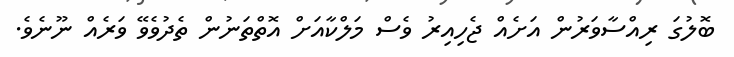
ބޮލުގަ ރިއްސާވަރުން އަށެއް ޖެހިއިރު ވެސް މަލްކާއަށް އޮތްތަނުން ތެދުވެވޭ ވަރެއް ނޫނެވެ.